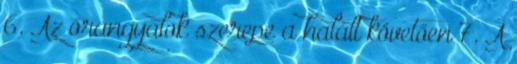
6. Az őrangyalok szerepe a halált követően 7. A